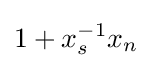
1+x_{s}^{-1}x_{n}